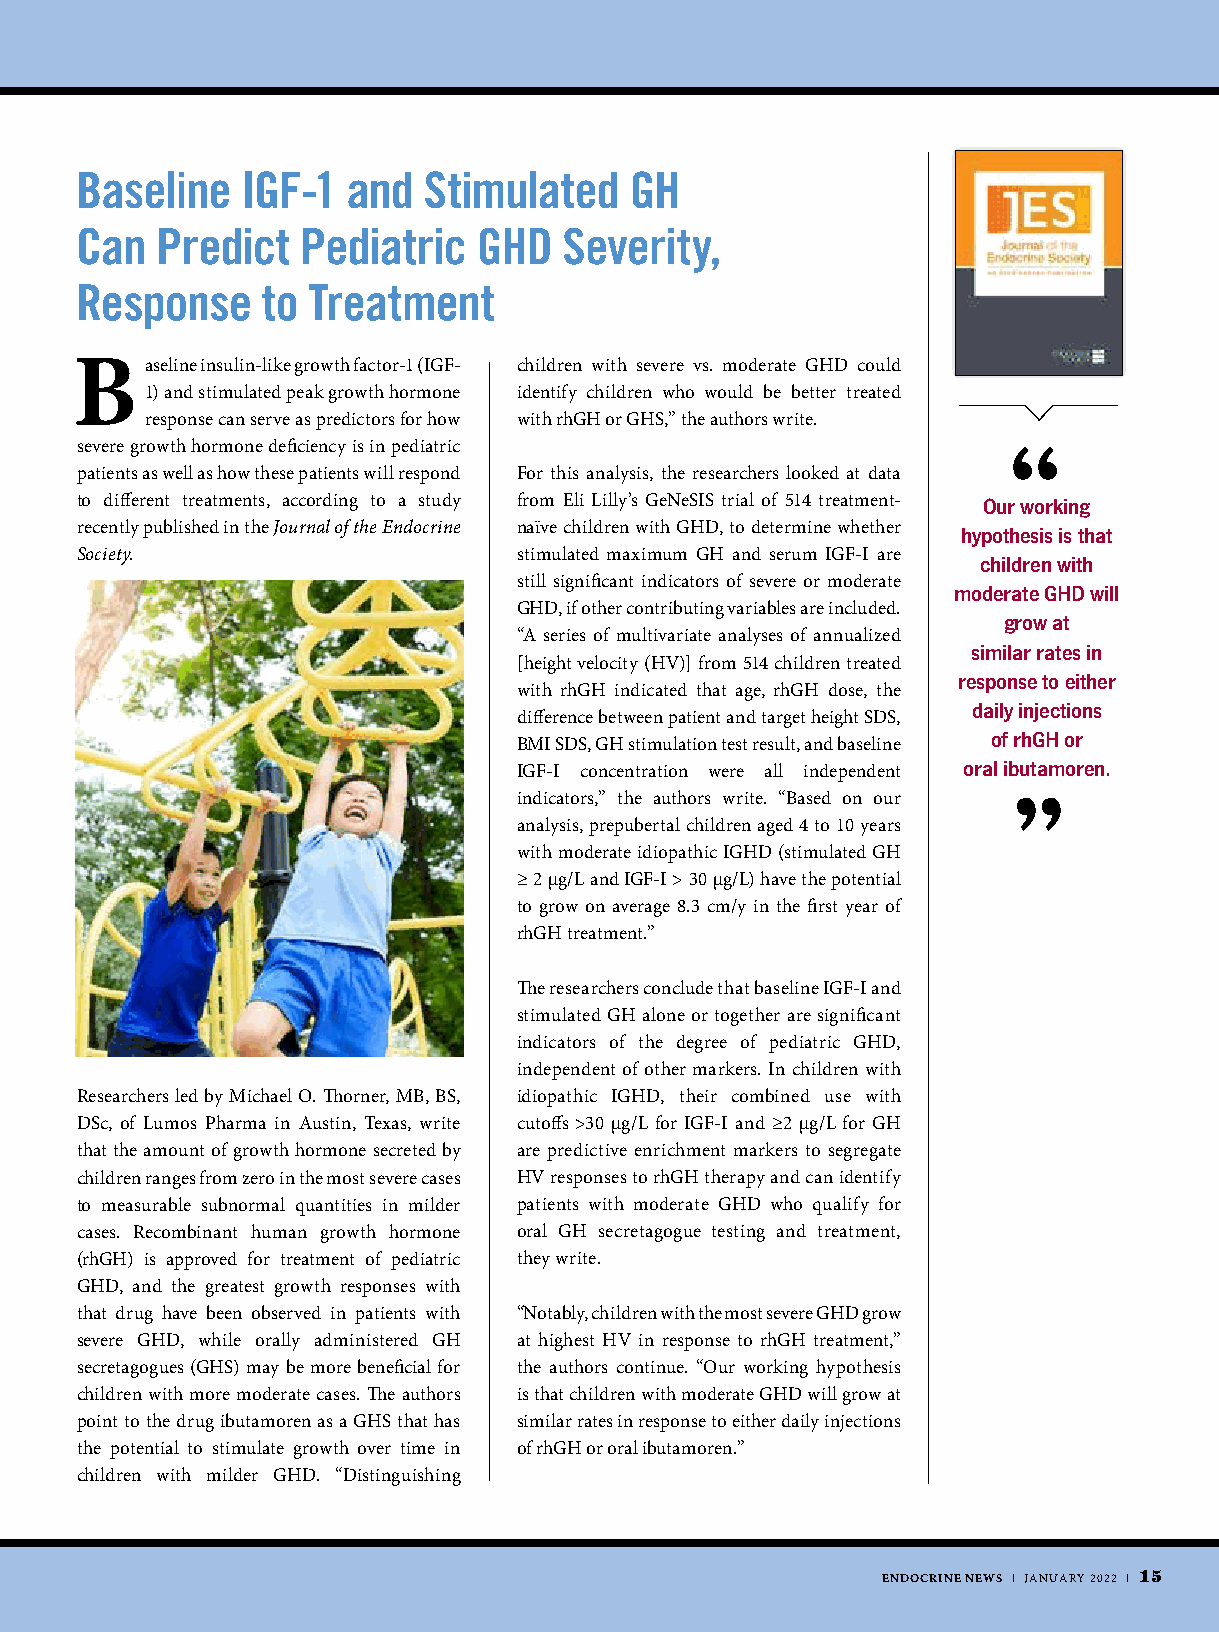
Baseline   IGF-1  and  Stimulated    GH
 Can  Predict   Pediatric   GHD  Severity,
 Response    to Treatment
 B    aseline insulin-like growth factor-1 (IGF- children with severe vs. moderate GHD could
 1) and stimulated peak growth hormone identify children who would be better treated
 response can serve as predictors for how with rhGH or GHS,” the authors write.
 severe growth hormone deficiency is in pediatric              “
 patients as well as how these patients will respond For this analysis, the researchers looked at data
 to different treatments, according to a study from Eli Lilly’s GeNeSIS trial of 514 treatment- Our working
 recently published in the Journal of the Endocrine naïve children with GHD, to determine whether hypothesis is that
 Society.                     stimulated maximum GH and serum IGF-I are
 children with
 still significant indicators of severe or moderate
 moderate GHD will
 GHD, if other contributing variables are included.
 grow at
 “A series of multivariate analyses of annualized
 similar rates in
 [height velocity (HV)] from 514 children treated
 response to either
 with rhGH indicated that age, rhGH dose, the
 daily injections
 difference between patient and target height SDS,
 of rhGH or
 BMI SDS, GH stimulation test result, and baseline
 IGF-I concentration were all independent oral ibutamoren.
 indicators,” the authors write. “Based on our ”
 analysis, prepubertal children aged 4 to 10 years
 with moderate idiopathic IGHD (stimulated GH
 ≥ 2 µg/L and IGF-I > 30 µg/L) have the potential
 to grow on average 8.3 cm/y in the first year of
 rhGH treatment.”
 The researchers conclude that baseline IGF-I and
 stimulated GH alone or together are significant
 indicators of the degree of pediatric GHD,
 independent of other markers. In children with
 Researchers led by Michael O. Thorner, MB, BS, idiopathic IGHD, their combined use with
 DSc, of Lumos Pharma in Austin, Texas, write cutoffs >30 µg/L for IGF-I and ≥2 µg/L for GH
 that the amount of growth hormone secreted by are predictive enrichment markers to segregate
 children ranges from zero in the most severe cases HV responses to rhGH therapy and can identify
 to measurable subnormal quantities in milder patients with moderate GHD who qualify for
 cases. Recombinant human growth hormone oral GH secretagogue testing and treatment,
 (rhGH) is approved for treatment of pediatric they write.
 GHD, and the greatest growth responses with
 that drug have been observed in patients with “Notably, children with the most severe GHD grow
 severe GHD, while orally administered GH at highest HV in response to rhGH treatment,”
 secretagogues (GHS) may be more beneficial for the authors continue. “Our working hypothesis
 children with more moderate cases. The authors is that children with moderate GHD will grow at
 point to the drug ibutamoren as a GHS that has similar rates in response to either daily injections
 the potential to stimulate growth over time in of rhGH or oral ibutamoren.”
 children with milder GHD. “Distinguishing
 ENDOCRINE NEWS | JANUARY 2022 | 15